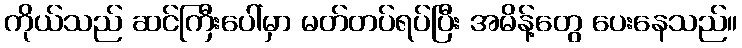
ကိုယ်သည် ဆင်ကြီးပေါ်မှာ မတ်တပ်ရပ်ပြီး အမိန့်တွေ ပေးနေသည်။